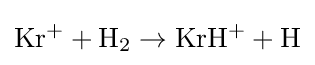
{\rm {Kr^{+}+H_{2}\rightarrow KrH^{+}+H}}